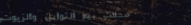
محلات بيع التوابل والزيوت